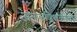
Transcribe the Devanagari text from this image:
समाजशिक्षकाची